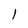
Character: 1